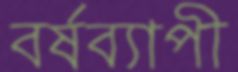
বর্ষব্যাপী